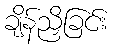
ချိန်ညှိခြင်း